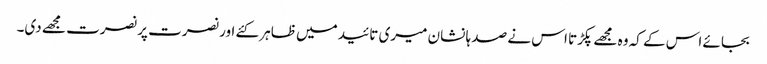
بجائے اس کے کہ وہ مجھے پکڑتا اس نے صد ہا نشان میری تائید میں ظاہر کئے اور نصرت پر نصرت مجھے دی۔